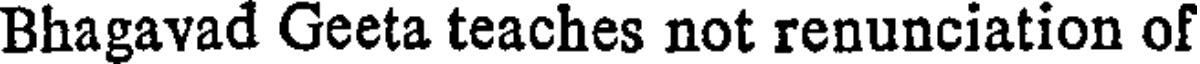
Bhagavad Geeta teaches not renunciation of